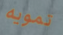
تمويه